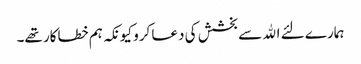
ہمارے لئے الله سے بخشش کی دعا کرو کیونکہ ہم خطاکار تھے۔